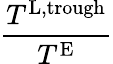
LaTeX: \frac{T^{\textnormal{L},\textnormal{trough}}}{T^{\textnormal{E}}}